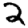
Digit: 2